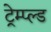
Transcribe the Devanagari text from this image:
ट्रेम्प्ल्ड